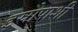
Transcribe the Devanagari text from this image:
इस्रोपाशी